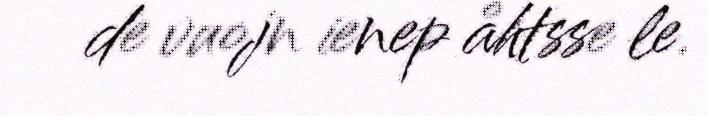
de vuojn ienep åhtsse le.